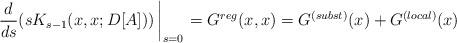
LaTeX: \begin{align*}\frac{d}{ds}(sK_{s-1}(x,x;D[A]))\left|\rule[-0.4cm]{0cm}{.4cm}_{s=0}\right.=G^{reg}(x,x)=G^{(subst)}(x) + G^{(local)}(x)\end{align*}